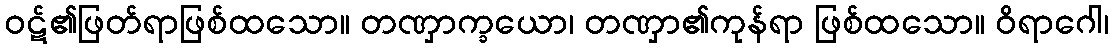
ဝဋ်၏ဖြတ်ရာဖြစ်ထသော။ တဏှာက္ခယော၊ တဏှာ၏ကုန်ရာ ဖြစ်ထသော။ ဝိရာဂေါ၊